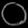
Digit: ၀